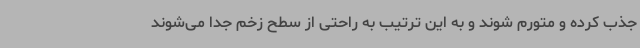
جذب کرده و متورم ‌شوند و به این ترتیب به راحتی از سطح زخم جدا می‌شوند